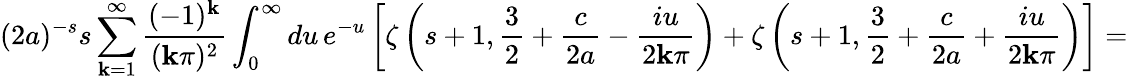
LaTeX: (2a)^{-s}s\sum_{\mathbf{k}=1}^{\infty}\frac{{(-1)^{\mathbf{k}}}}{{(\mathbf{k}\pi)^{2}}}\int_{0}^{\infty}du\, e^{-u}\left[\zeta\left(s+1,\frac{3}{2}+\frac{{c}}{{2a}}-\frac{{iu}}{{2\mathbf{k}\pi}}\right)+\zeta\left(s+1,\frac{3}{2}+\frac{{c}}{{2a}}+\frac{{iu}}{{2\mathbf{k}\pi}}\right)\right]=